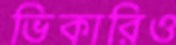
ভিকারিও